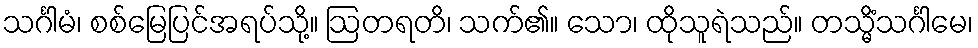
သင်္ဂါမံ၊ စစ်မြေပြင်အရပ်သို့။ ဩတရတိ၊ သက်၏။ သော၊ ထိုသူရဲသည်။ တသ္မိံသင်္ဂါမေ၊